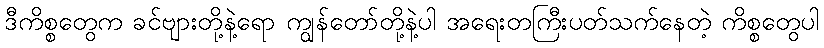
ဒီကိစ္စတွေက ခင်ဗျားတို့နဲ့ရော ကျွန်တော်တို့နဲ့ပါ အရေးတကြီးပတ်သက်နေတဲ့ ကိစ္စတွေပါ